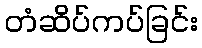
တံဆိပ်ကပ်ခြင်း